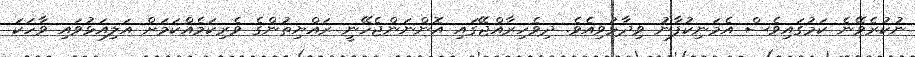
ނުކުރެވޭނެ ކަމުގައިވެސް އެމަނިކުފާނު ވިދާޅުވިއެވެ. ދިވެހިރާއްޖޭގައި އޮންނަންޖެހޭނީ ރައްޔިތުންގެ ވެރިކަމެއްކަމަށް އަލިއަޅުވައި ވާހަކަ